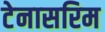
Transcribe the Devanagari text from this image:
टेनासरिम